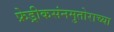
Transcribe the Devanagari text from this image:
फ्रेड्रीकसंनमुतोराच्या